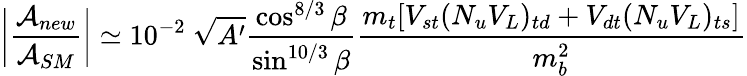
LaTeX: \bigg|{\frac{{\cal A}_{new}}{{\cal A}_{SM}}}\bigg|\simeq 10^{-2}\ \sqrt{A^{\prime}}{\frac{\cos^{8/3}\beta}{\sin^{10/3}\beta}}{\frac{m_{t}[V_{st}(N_{u}V_{L})_{td}+V_{dt}(N_{u}V_{L})_{ts}]}{m_{b}^{2}}}